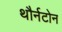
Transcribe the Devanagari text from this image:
थौर्नटोन